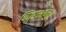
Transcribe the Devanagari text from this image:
चित्रभानु।